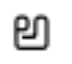
అ